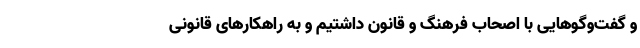
و گفت‌وگوهایی با اصحاب فرهنگ و قانون داشتیم و به راهکارهای قانونی